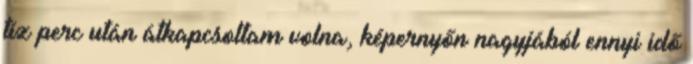
tíz perc után átkapcsoltam volna, képernyőn nagyjából ennyi idő